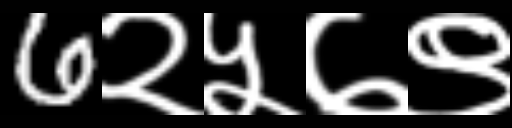
Text: 6२५७९